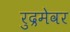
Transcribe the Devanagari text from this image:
रुद्रमेवर